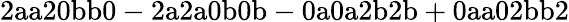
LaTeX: \mathrm{2aa20bb0-2a2a0b0b-0a0a2b2b+0aa02bb2}